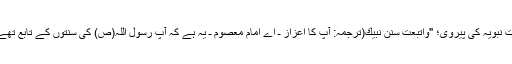
سنتِ نبویہ کی پیروی؛ "وَاتَّبَعتَ سُنَنَ نَبِيِّكَ(ترجمہ: آپ کا اعزاز ـ اے امام معصوم ـ یہ ہے کہ آپ رسول اللہ(ص) کی سنتوں کے تابع تھے)"۔